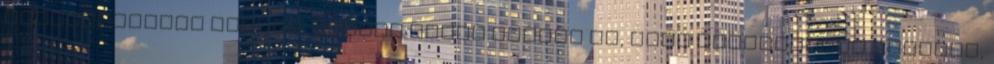
meghatározott helyen. Minden okunk megvan rá, hogy rosszmájúak legyünk,